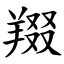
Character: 䍳